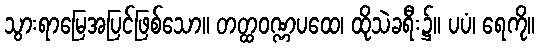
သွားရာမြေအပြင်ဖြစ်သော။ တတ္ထဝဏ္ဏပထေ၊ ထိုသဲခရီး၌။ ပပံ၊ ရေကို။